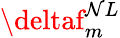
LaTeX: \deltaf_{m}^{\mathcal{N}L}